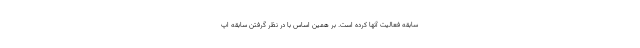
سابقه فعالیت آنها کرده است. بر همین اساس با در نظر گرفتن سابقه اپ